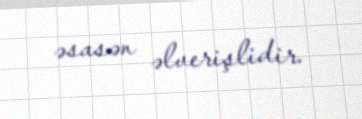
əsasən əlverişlidir.